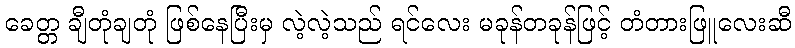
ခေတ္တ ချီတုံချတုံ ဖြစ်နေပြီးမှ လဲ့လဲ့သည် ရင်လေး မခုန်တခုန်ဖြင့် တံတားဖြူလေးဆီ